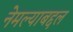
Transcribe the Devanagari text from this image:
नेमल्याबद्दल